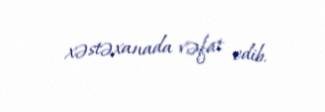
xəstəxanada vəfat edib.